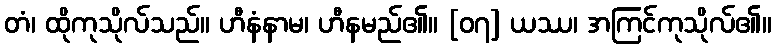
တံ၊ ထိုကုသိုလ်သည်။ ဟီနံနာမ၊ ဟီနမည်၏။ [၀၇] ယဿ၊ အကြင်ကုသိုလ်၏။